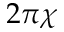
2 \pi \chi